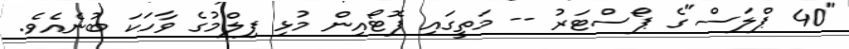
"40 ޕްލަސް"ގެ ޕޯސްޓަރު -- މަތީގައި ފޮޓޯއިން މުޅި ފިލްމުގެ ވާހަކަ ބުނެއެވެ.